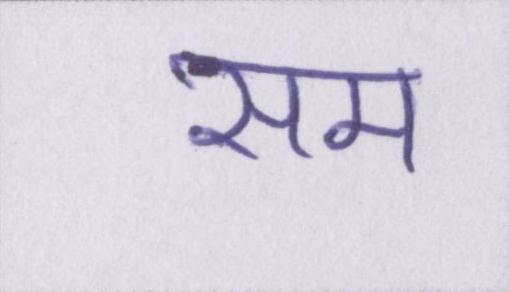
सम